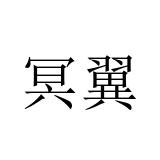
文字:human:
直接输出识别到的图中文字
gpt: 冥翼